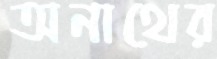
অনাথের